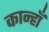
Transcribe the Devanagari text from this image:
कान्हाँ